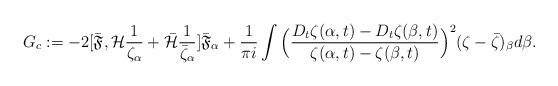
LaTeX: \begin{align*}G_c:=-2[\bar{\mathfrak{F}}, \mathcal{H}\frac{1}{\zeta_{\alpha}}+\bar{\mathcal{H}}\frac{1}{\bar{\zeta}_{\alpha}}]\bar{\mathfrak{F}}_{\alpha}+\frac{1}{\pi i}\int \Big(\frac{D_t\zeta(\alpha,t)-D_t\zeta(\beta,t)}{\zeta(\alpha,t)-\zeta(\beta,t)}\Big)^2(\zeta-\bar{\zeta})_{\beta}d\beta.\end{align*}